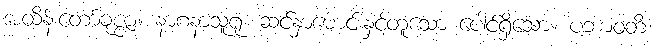
အထိန်းတော်ခုဇ္ဇာ။ နာဂနာသူရုံ၊ ဆင်နှာမောင်းနှင့်တူသော ပေါင်ရှိသော။ ပဘာဝတိံ၊